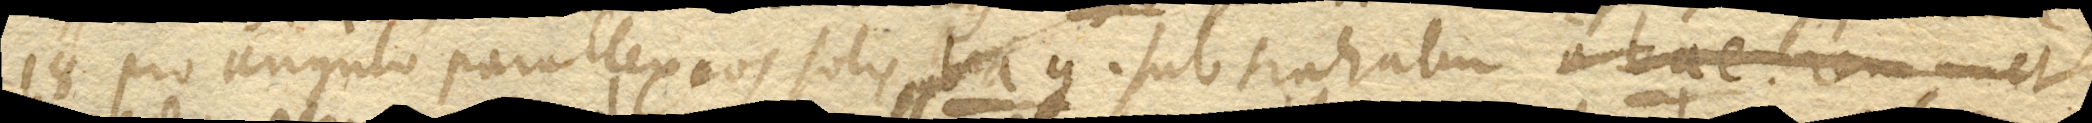
1’ - 18’’ pro angulo parallaxeos soli sbag. subtrahatur a bae. remanet